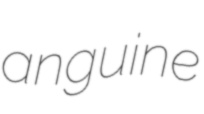
anguine